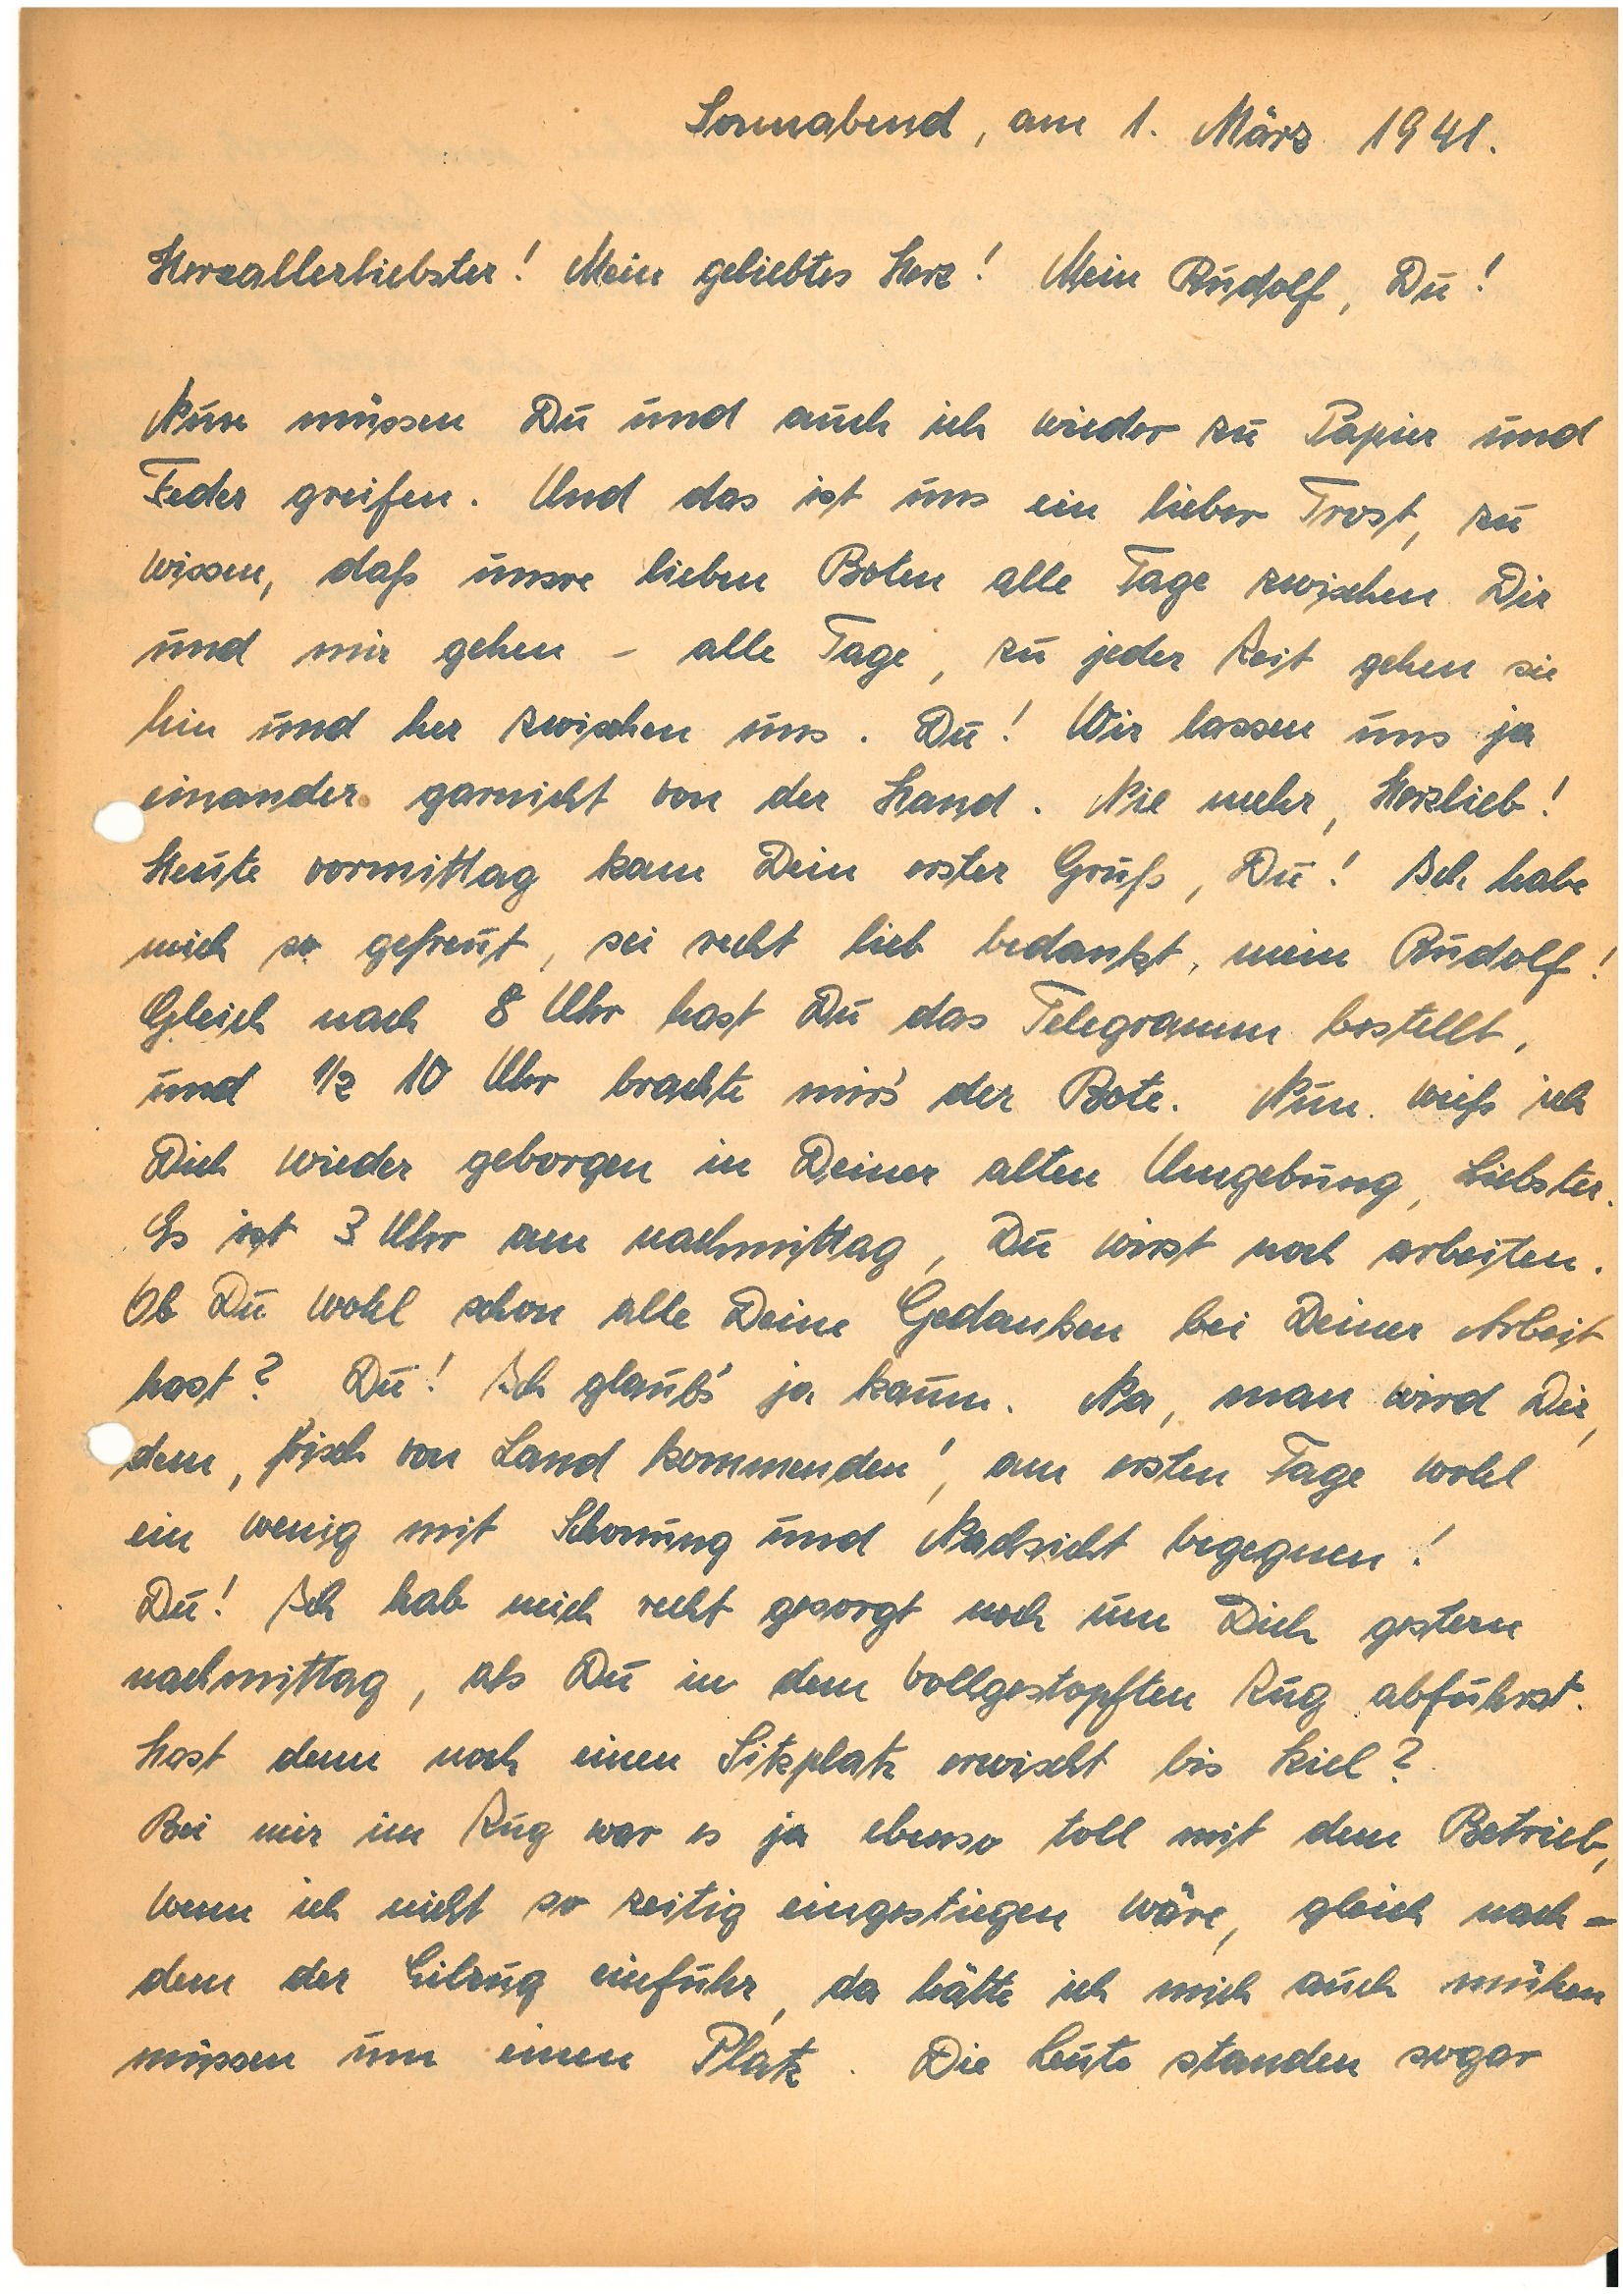
Sonnabend, am 1. März 1941.
Herzallerliebster! Mein geliebtes Herz! Mein , Du!
Nun müssen Du und auch ich wieder zu Papier und
Feder greifen. Und das ist uns ein lieber Trost, zu
wissen, daß unsre lieben Boten alle Tage zwischen Dir
und mir gehen – alle Tage, zu jeder Zeit gehen sie
hin und her zwischen uns. Du! Wir lassen uns ja
einander garnicht von der Hand. Nie mehr, Herzlieb!
Heute vormittag kam Dein erster Gruß, Du! Ich habe
mich so gefreut, sei recht lieb bedankt, mein !
Gleich nach 8 Uhr hast Du das Telegramm bestellt,
und ½ 10 Uhr brachte mirs’ der Bote. Nun weiß ich
Dich wieder geborgen in Deiner alten Umgebung, Liebster.
Es ist 3 Uhr am nachmittag, Du wirst noch arbeiten.
Ob Du wohl schon alle Deine Gedanken bei Deiner Arbeit
hast? Du! Ich glaubs´ ja kaum. Na, man wird Dir,
dem ,frisch vom Land kommenden´, am ersten Tage wohl
ein wenig mit Schonung und Nachsicht begegnen!
Du! Ich hab mich recht gesorgt noch um Dich gestern
nachmittag, als Du in dem vollgestopften Zug abfuhrst.
Hast denn noch einen Sitzplatz erwischt bis Kiel?
Bei mir im Zug war es ja ebenso toll mit dem Betrieb,
wenn ich nicht so zeitig eingestiegen wäre, gleich nach¬
dem der Eilzug einfuhr, da hätte ich mich auch mühen
müssen um einen Platz. Die Leute standen sogar